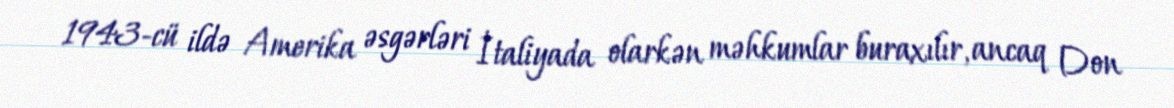
1943-cü ildə Amerika əsgərləri İtaliyada olarkən məhkumlar buraxılır, ancaq Don